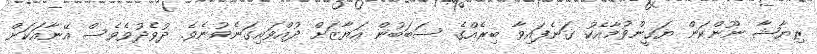
ރިޔާޝާ ނޫންކަން ޔަޤީންވުމާއެކު ގަނެފައިވާ ބިރެއްގެ ސަބަބުން އަޔާޒަށް ދުއްވައިގަނެވުނެވެ. ދުވެދުވެވެސް އޭނާއަކަށް